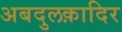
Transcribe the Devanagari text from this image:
अबदुलक़ादिर